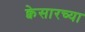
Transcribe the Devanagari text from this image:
क्वेसारच्या